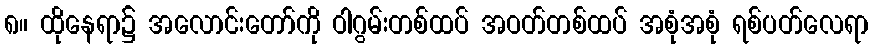
၈။ ထိုနေရာ၌ အလောင်းတော်ကို ဝါဂွမ်းတစ်ထပ် အဝတ်တစ်ထပ် အစုံအစုံ ရစ်ပတ်လေရာ